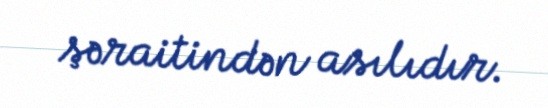
şəraitindən asılıdır.